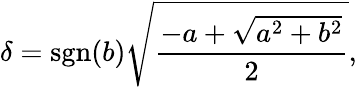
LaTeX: \delta=\operatorname{sgn}(b){\sqrt{\frac{-a+{\sqrt{a^{2}+b^{2}}}}{2}}},